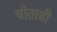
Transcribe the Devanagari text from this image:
चीताची